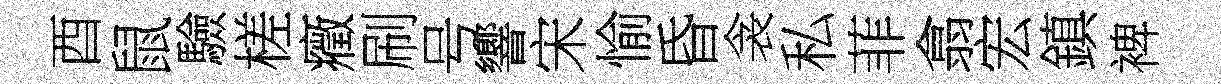
酉鼠驗槎癥刷号響宋愉昏衾私菲翕宏鎮裨